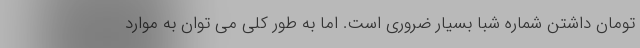
تومان داشتن شماره شبا بسیار ضروری است. اما به طور کلی می توان به موارد